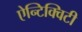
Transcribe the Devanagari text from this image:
ऐन्टिक्विटी